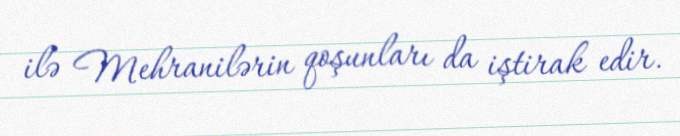
ilə Mehranilərin qoşunları da iştirak edir.